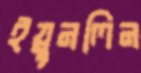
ইয়ুনলিন